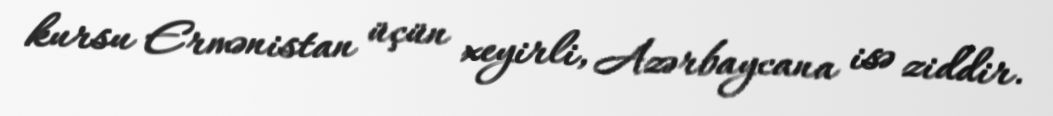
kursu Ermənistan üçün xeyirli, Azərbaycana isə ziddir.